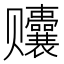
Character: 𬦀